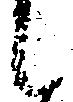
候